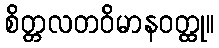
စိတ္တလတဝိမာနဝတ္ထု။